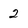
Character: 2